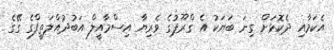
އެކަމާއި ދެކޮޅަށް ގިނަ ބަޔަކު އެ ގްރޫޕުގެ ވެރިޔާ އިސްމާއީލް އަބުދުއްލަތީފްގެ ގޭގެ